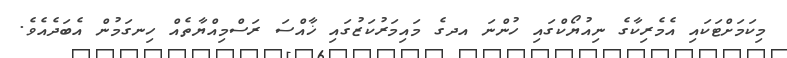
މިކަމަށްޓަކައި އެމެރިކާގެ ނިއުޔޯކްގައި ހުންނަ އދގެ މައިމަރުކަޒުގައި ޚާއްސަ ރަސްމިއްޔާތެއް ހިނގަމުން އެބަދެއެވެ.